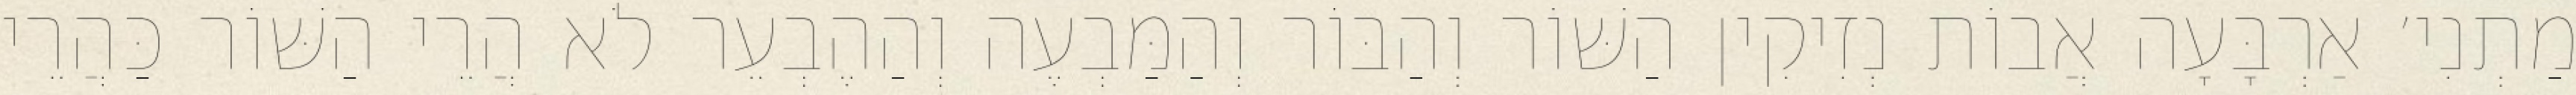
מַתְנִי׳ אַרְבָּעָה אֲבוֹת נְזִיקִין הַשּׁוֹר וְהַבּוֹר וְהַמַּבְעֶה וְהַהֶבְעֵר לֹא הֲרֵי הַשּׁוֹר כַּהֲרֵי